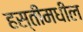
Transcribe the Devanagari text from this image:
हस्तींमधील